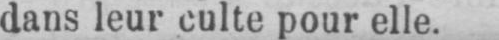
dans leur culte pour elle.